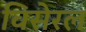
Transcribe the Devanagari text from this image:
विसेरल